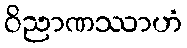
ဝိညာဏဿာဟံ